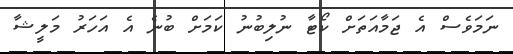
ނަމަވެސް އެ ޖަމާއަތަށް ކޯޓާ ނުލިބުނު ކަމަށް ބުނެ އެ އަހަރު މަލީޝާ